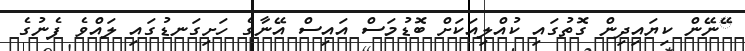
ޭނޭން ކިޔައިދިން ގޮތުގައި ކުއްލިއަކަށް ބޮޑުމަސް އައިސް އޭނާގެ ހަށިގަނޑުގައި ލައްވެ ފެނުގެ